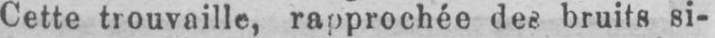
Cette trouvaille, rapprochée des bruits si-